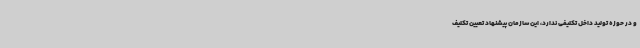
و در حوزه تولید داخل تکلیفی ندارد، این سازمان پیشنهاد تعیین تکلیف